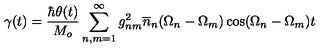
\gamma ( t ) = \frac { \hbar \theta ( t ) } { M _ { o } } \sum _ { n , m = 1 } ^ { \infty } g _ { n m } ^ { 2 } \overline { { n } } _ { n } ( \Omega _ { n } - \Omega _ { m } ) \cos ( \Omega _ { n } - \Omega _ { m } ) t